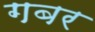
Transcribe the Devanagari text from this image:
गबर